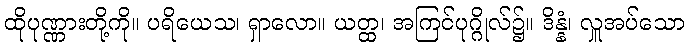
ထိုပုဏ္ဏားတို့ကို။ ပရိယေသ၊ ရှာလော။ ယတ္ထ၊ အကြင်ပုဂ္ဂိုလ်၌။ ဒိန္နံ၊ လှူအပ်သော